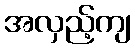
အလှည့်ကျ